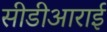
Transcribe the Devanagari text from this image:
सीडीआराई